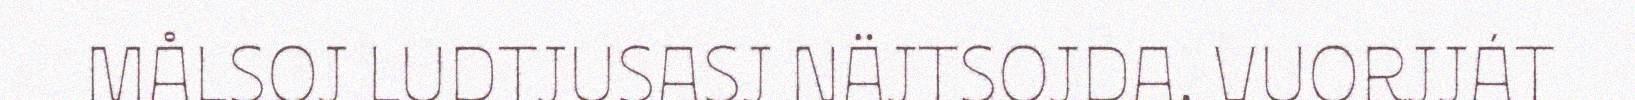
MÅLSOJ LUDTJUSASJ NÄJTSOJDA. VUORJJÁT